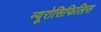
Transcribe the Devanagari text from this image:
न्यूरोसिफिलिस